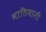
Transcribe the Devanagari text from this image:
भातियानी